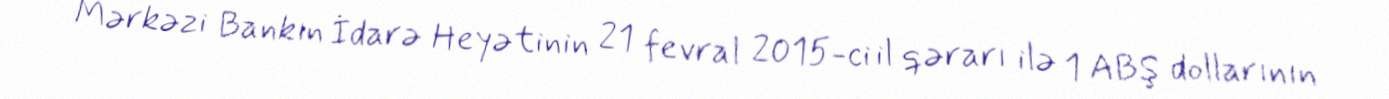
Mərkəzi Bankın İdarə Heyətinin 21 fevral 2015-ci il qərarı ilə 1 ABŞ dollarının